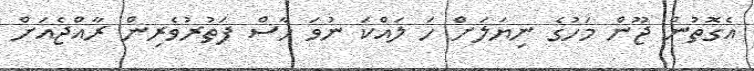
އެގޮތުން ޖޫން މަހުގެ ނިޔަލަށް ހަ ލައްކަ ނުވަ ހާސް ފަތުރުވެރިން ރާއްޖެއަށް